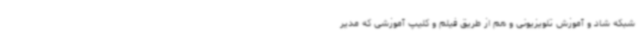
شبکه شاد و آموزش تلویزیونی و هم از طریق فیلم و کلیپ آموزشی که مدیر